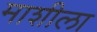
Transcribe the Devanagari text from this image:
माशीला